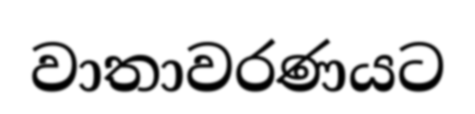
වාතාවරණයට